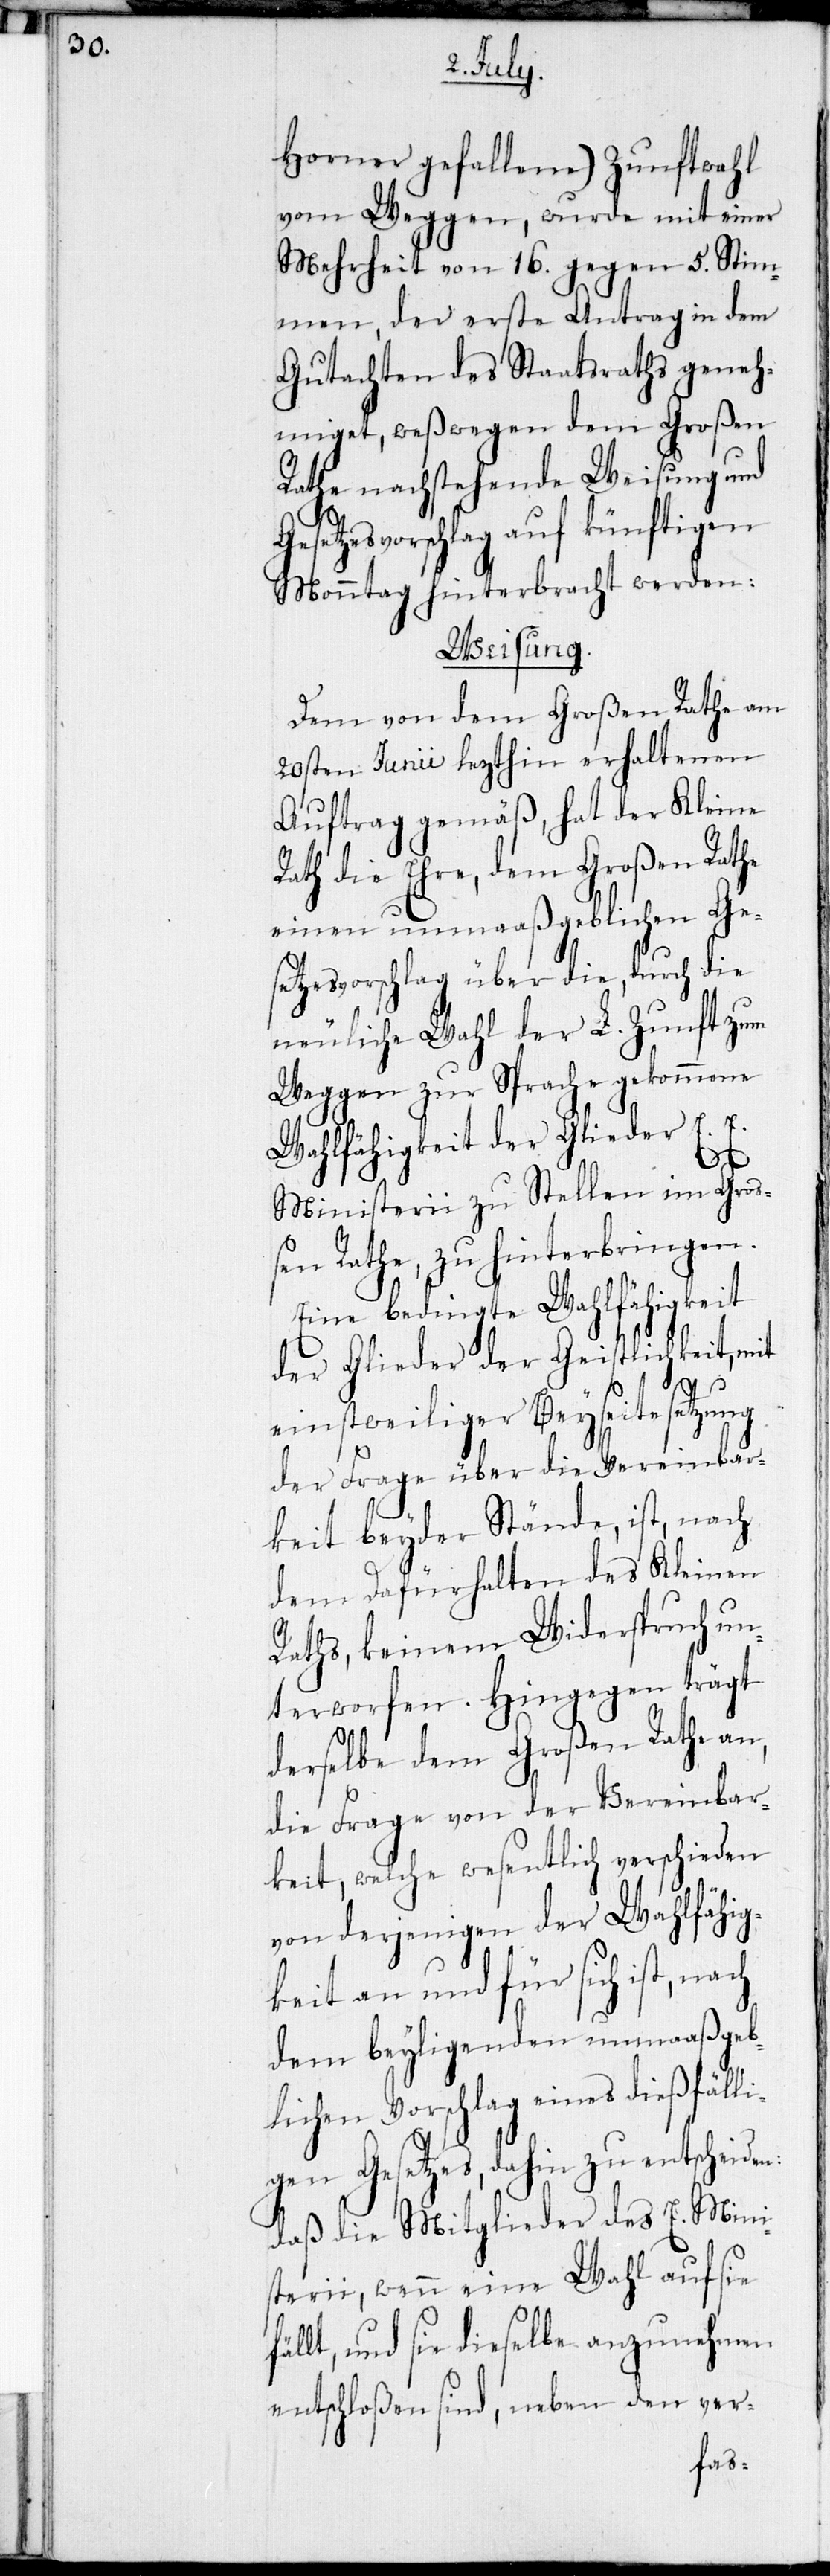
Horner gefallene) Zunftwahl
vom Weggen, wurde mit einer
Mehrheit von 16. gegen 5. Stim¬
men, der erste Antrag in dem
Gutachten des Staatsraths geneh¬
miget, weßwegen dem Großen
Rathe nachstehende Weisung und
setzesvorschlag auf künftigen
Montag hinterbracht werden:
Weisung.
Dem von dem Großen Rathe am
20sten Junii lezthin erhaltenen
Auftrag gemäß, hat der Kleine
Rath die Ehre, dem Großen Rathe
einen unmaaßgeblichen Ge¬
setzesvorschlag über die, durch die
neuliche Wahl der L. Zunft zum
Weggen zur Sprache gekommene
Wahlfähigkeit der Glieder E. E.
Ge¬
Ministerii zu Stellen im Gro¬
ßen Rathe, zu hinterbringen.
Eine bedingte Wahlfähigkeit
der Glieder der Geistlichkeit, mit
einstweiliger Beyseitesetzung
der Frage über die Vereinbar¬
keit beyder Stände, ist, nach
dem Dafürhalten des Kleinen
Raths, keinem Widerspruch un¬
terworfen. Hingegen trägt
derselbe dem Großen Rathe an,
die Frage von der Vereinbar¬
keit, welche wesentlich verschieden
von derjenigen der Wahlfähig¬
keit an und für sich ist, nach
dem beyligenden unmaaßgeb¬
lichen Vorschlag eines dießfälli¬
gen Gesetzes, dahin zu entscheiden:
daß die Mitglieder des E. Mini¬
sterii, wann eine Wahl auf sie
lt, und sie dieselbe anzunehmen
entschloßen sind, neben den ver-
fäl¬